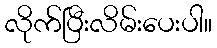
လိုက်ပြီးလိမ်းပေးပါ။